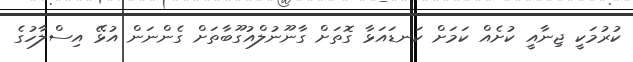
ކުރުމަކީ ޖިނާއީ ކުށެއް ކަމަށް ކަނޑައަޅާ ގޮތަށް ގާނޫނުލްއުގޫބާތަށް ގެންނަން އުޅޭ އިސްލާހުގެ